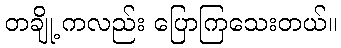
တချို့ ကလည်း ပြောကြသေးတယ်။